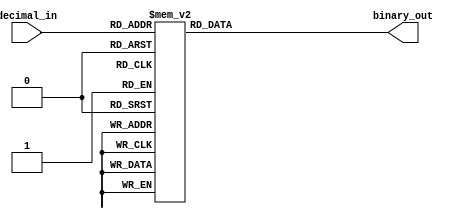
module priority_encoder(
    input [3:0] decimal_in,
    output reg [1:0] binary_out
);

always @(*)
begin
    case(decimal_in)
        4'b0000: binary_out = 2'b00;
        4'b0001: binary_out = 2'b01;
        4'b0010: binary_out = 2'b10;
        4'b0011: binary_out = 2'b11;
        4'b0100: binary_out = 2'b00;
        4'b0101: binary_out = 2'b01;
        4'b0110: binary_out = 2'b10;
        4'b0111: binary_out = 2'b11;
        4'b1000: binary_out = 2'b00;
        4'b1001: binary_out = 2'b01;
        4'b1010: binary_out = 2'b10;
        4'b1011: binary_out = 2'b11;
        4'b1100: binary_out = 2'b00;
        4'b1101: binary_out = 2'b01;
        4'b1110: binary_out = 2'b10;
        4'b1111: binary_out = 2'b11;
    endcase
end

endmodule